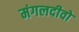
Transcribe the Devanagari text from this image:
मंगलदीवो